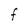
Character: F